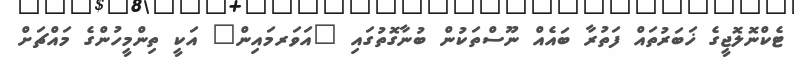
ޓެކްނޮލޮޖީގެ ޚަބަރުތައް ފަތުރާ ބައެއް ނޫސްތަކުން ބުނާގޮތުގައި "އަވަރމައިން" އަކީ ތިންމީހުންގެ މައްޗަށް